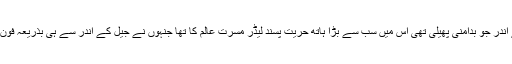
سن 2010 میں کشمیرکے اندر جو بدامنی پھیلی تھی اس میں سب سے بڑا ہاتھ حریت پسند لیڈر مسرت عالم کا تھا جنہوں نے جیل کے اندر سے ہی بذریعہ فون سارا پروگرام طے کیا تھا۔